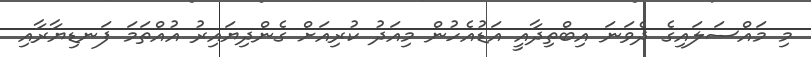
މި މައްސަލައިގެ ދެވަނަ އިބްތިދާއީ އަޑުއެހުން މިއަދު ކުރިއަށް ގެންދިޔައިރު އުއްތަމަ ފަނޑިޔާރާއި